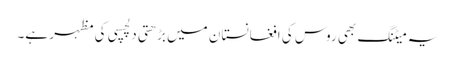
یہ میٹنگ بھی روس کی افغانستان میں بڑھتی دلچسپی کی مظہر ہے۔